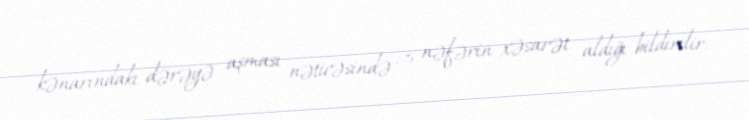
kənarındakı dərəyə aşması nəticəsində 3 nəfərin xəsarət aldığı bildirilir.